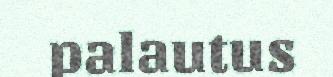
palautus